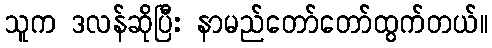
သူက ဒလန်ဆိုပြီး နာမည်တော်တော်ထွက်တယ်။